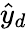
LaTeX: {\hat{y}}_{d}